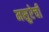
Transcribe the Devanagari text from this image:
मसुरेची